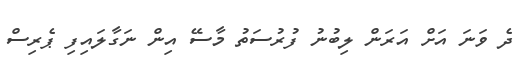
ދެ ވަނަ އަށް އަރަން ލިބުނު ފުރުސަތު މާސޭ އިން ނަގާލައިފި ޕެރިސް